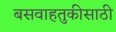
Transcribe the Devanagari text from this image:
बसवाहतुकीसाठी